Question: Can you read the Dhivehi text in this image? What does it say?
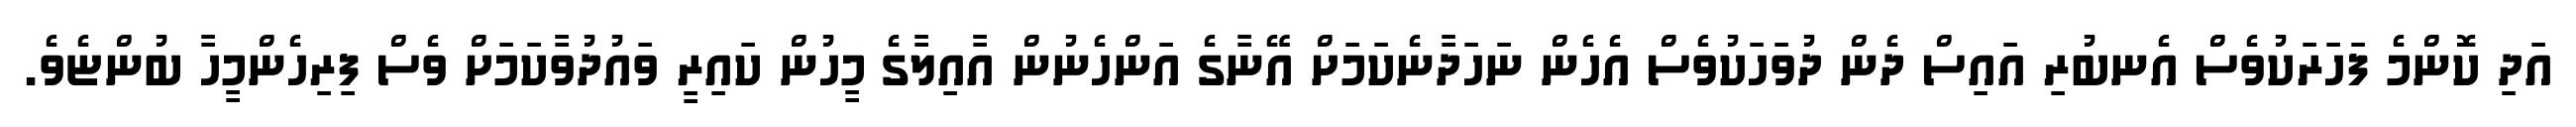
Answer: އަދި ކޮންމެ ފަހަރަކުވެސް އެނބުރި އައިސް ދެން ދުވަހަކުވެސް އެހެން ނަހަދާނެކަމަށް އޭނާގެ އަންހެނުން އާއިލާގެ މީހުން ކައިރީ ވައުދުވާކަމަށް ވެސް ފިރިހެންމީހާ ބުންޏެވެ.